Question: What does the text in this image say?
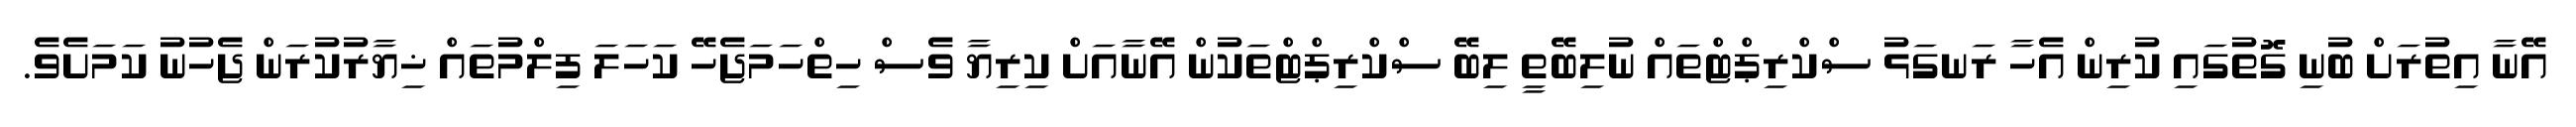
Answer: އޭނާ އިތުރަށް ބުނި ގޮތުގައި ކުރިން އެހާ ރަނގަޅު ސްކްރިޕްޓްތައް ނުލިބޭތީ ލިބޭ ސްކްރިޕްޓްތަކުން އޭނާއަށް ކިރިޔާ ވެސް ހިތްހަމަޖެހޭ ކަހަލަ ފިލްމުތައް ޚިޔާރުކުރަން ޖެހުނު ކަމަށެވެ.